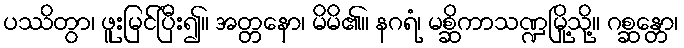
ပဿိတွာ၊ ဖူးမြင်ပြီး၍။ အတ္တနော၊ မိမိ၏။ နဂရံ၊ မစ္ဆိကာသဏ္ဍမြို့သို့။ ဂစ္ဆန္တော၊